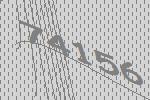
74156